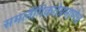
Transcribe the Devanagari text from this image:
समलैंगिकतेप्रमाणेच